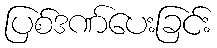
ပြစ်ဒဏ်ပေးခြင်း